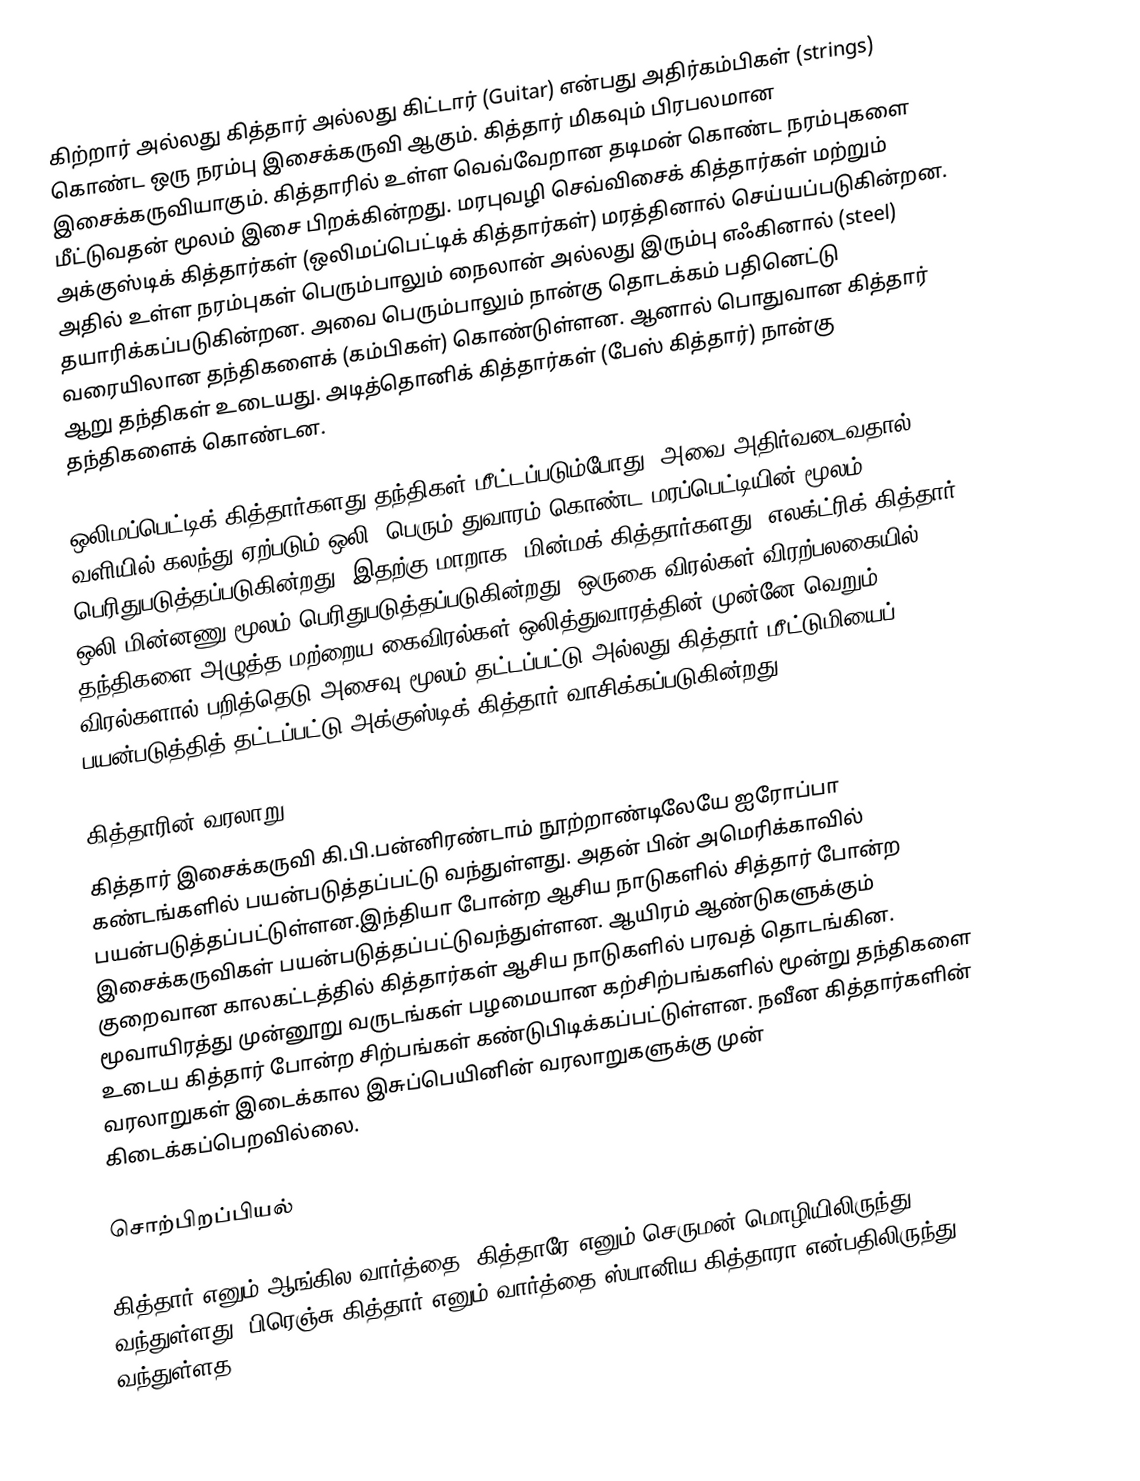
கிற்றார் அல்லது கித்தார் அல்லது கிட்டார் (Guitar) என்பது அதிர்கம்பிகள் (strings) கொண்ட ஒரு நரம்பு இசைக்கருவி ஆகும். கித்தார் மிகவும் பிரபலமான இசைக்கருவியாகும். கித்தாரில் உள்ள  வெவ்வேறான தடிமன் கொண்ட நரம்புகளை மீட்டுவதன் மூலம் இசை பிறக்கின்றது. மரபுவழி செவ்விசைக் கித்தார்கள் மற்றும் அக்குஸ்டிக் கித்தார்கள் (ஒலிமப்பெட்டிக் கித்தார்கள்) மரத்தினால் செய்யப்படுகின்றன. அதில் உள்ள நரம்புகள் பெரும்பாலும் நைலான் அல்லது இரும்பு எஃகினால் (steel) தயாரிக்கப்படுகின்றன. அவை பெரும்பாலும் நான்கு தொடக்கம் பதினெட்டு வரையிலான தந்திகளைக் (கம்பிகள்) கொண்டுள்ளன. ஆனால் பொதுவான கித்தார் ஆறு தந்திகள் உடையது. அடித்தொனிக் கித்தார்கள் (பேஸ் கித்தார்) நான்கு தந்திகளைக் கொண்டன.

ஒலிமப்பெட்டிக் கித்தார்களது தந்திகள் மீட்டப்படும்போது, அவை அதிர்வடைவதால் வளியில் கலந்து ஏற்படும் ஒலி, பெரும் துவாரம் கொண்ட மரப்பெட்டியின் மூலம் பெரிதுபடுத்தப்படுகின்றது. இதற்கு மாறாக, மின்மக் கித்தார்களது (எலக்ட்ரிக் கித்தார்) ஒலி மின்னணு மூலம் பெரிதுபடுத்தப்படுகின்றது. ஒருகை விரல்கள் விரற்பலகையில் தந்திகளை அழுத்த மற்றைய கைவிரல்கள் ஒலித்துவாரத்தின் முன்னே வெறும் விரல்களால் பறித்தெடு அசைவு மூலம் தட்டப்பட்டு அல்லது கித்தார் மீட்டுமியைப் பயன்படுத்தித் தட்டப்பட்டு அக்குஸ்டிக் கித்தார் வாசிக்கப்படுகின்றது.

கித்தாரின் வரலாறு
கித்தார் இசைக்கருவி கி.பி.பன்னிரண்டாம் நூற்றாண்டிலேயே ஐரோப்பா கண்டங்களில் பயன்படுத்தப்பட்டு வந்துள்ளது. அதன் பின் அமெரிக்காவில் பயன்படுத்தப்பட்டுள்ளன.இந்தியா போன்ற ஆசிய நாடுகளில் சித்தார் போன்ற இசைக்கருவிகள் பயன்படுத்தப்பட்டுவந்துள்ளன. ஆயிரம் ஆண்டுகளுக்கும் குறைவான காலகட்டத்தில் கித்தார்கள் ஆசிய நாடுகளில் பரவத் தொடங்கின. மூவாயிரத்து முன்னூறு வருடங்கள் பழமையான கற்சிற்பங்களில் மூன்று தந்திகளை உடைய கித்தார் போன்ற சிற்பங்கள் கண்டுபிடிக்கப்பட்டுள்ளன. நவீன கித்தார்களின் வரலாறுகள் இடைக்கால இசுப்பெயினின் வரலாறுகளுக்கு முன் கிடைக்கப்பெறவில்லை.

சொற்பிறப்பியல்

கித்தார் எனும் ஆங்கில வார்த்தை, கித்தாரே எனும் செருமன் மொழியிலிருந்து வந்துள்ளது. பிரெஞ்சு கித்தார் எனும் வார்த்தை ஸ்பானிய கித்தாரா என்பதிலிருந்து வந்துள்ளத